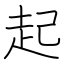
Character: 起